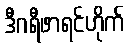
ဒီဂရီဖာရင်ဟိုက်